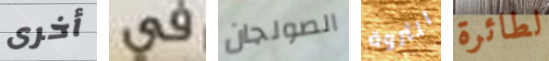
أخرى في الصولجان الثروة لطائرة